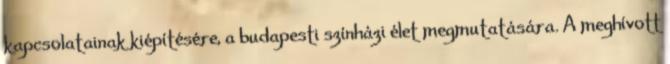
kapcsolatainak kiépítésére, a budapesti színházi élet megmutatására. A meghívott